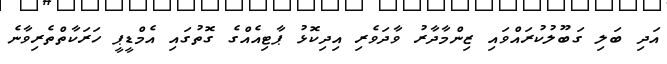
އަދި ބަލި ގަބޫލުކުރައްވައި ޒިންމާދާރު ވާދަވެރި އިދިކޮޅު ޕާޓިއެއްގެ ގޮތުގައި އެމްޑީޕީ ހަރަކާތްތެރިވާނެ